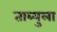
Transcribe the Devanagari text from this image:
ताब्युला